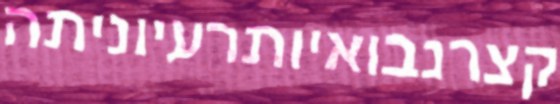
קצרנבואיותרעיוניתה